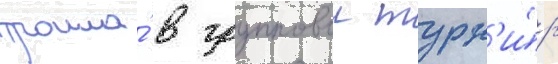
прошла́ в групповои турн'и́р